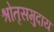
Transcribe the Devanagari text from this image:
श्रोतृसमुदाय